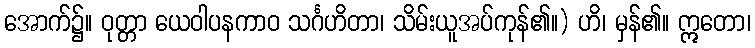
အောက်၌။ ဝုတ္တာ ယေဝါပနကာဝ သင်္ဂဟိတာ၊ သိမ်းယူအပ်ကုန်၏။) ဟိ၊ မှန်၏။ ဣတော၊